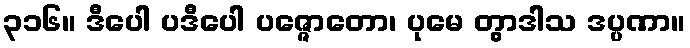
၃၁၆။ ဒီပေါ ပဒီပေါ ပဇ္ဇောတော၊ ပုမေ တွာဒါသ ဒပ္ပဏာ။